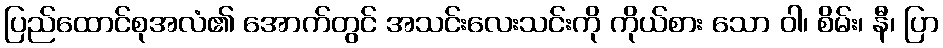
ပြည်ထောင်စုအလံ၏ အောက်တွင် အသင်းလေးသင်းကို ကိုယ်စား သော ဝါ၊ စိမ်း၊ နီ၊ ပြာ